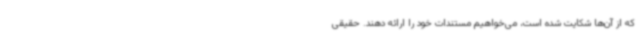
که از آن‌ها شکایت شده است، می‌خواهیم مستندات خود را ارائه دهند. حقیقی